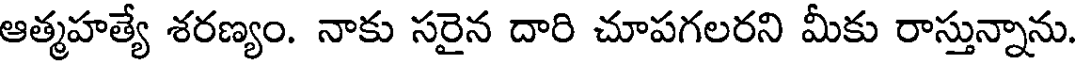
ఆత్మహత్యే శరణ్యం. నాకు సరైన దారి చూపగలరని మీకు రాస్తున్నాను.